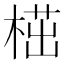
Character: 𣖠